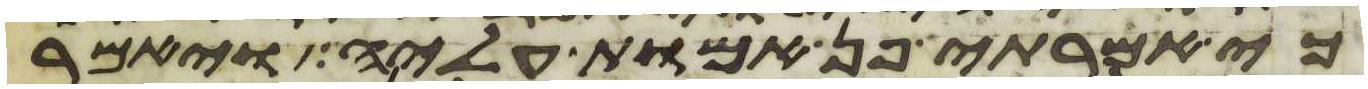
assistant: כי אמרתי פן אמות עליה ויאמר